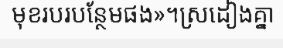
មុខរបរបន្ថែមផង»។ស្រដៀងគ្នា